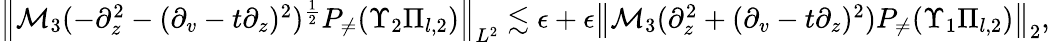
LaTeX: \begin{array}{r}{\left\| \mathcal{M}_{3}(-\partial_{z}^{2}-(\partial_{v}-t\partial_{z})^{2})^{\frac 12}P_{\neq}(\Upsilon_{2}\Pi_{l,2})\right\| _{L^{2}}\lesssim\epsilon+\epsilon\left\| \mathcal{M}_{3}(\partial_{z}^{2}+(\partial_{v}-t\partial_{z})^{2})P_{\neq}(\Upsilon_{1}\Pi_{l,2})\right\| _{2},}\end{array}